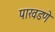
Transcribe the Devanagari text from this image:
पाखडणे